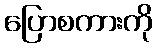
ပြောစကားကို